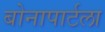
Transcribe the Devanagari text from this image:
बोनापार्टला